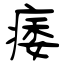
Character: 痿